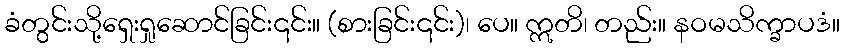
ခံတွင်းသို့ရှေးရှုဆောင်ခြင်း၎င်း။ (စားခြင်း၎င်း)၊ ပေ။ ဣတိ၊ တည်း။ နဝမသိက္ခာပဒံ။